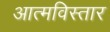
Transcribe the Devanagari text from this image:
आत्मविस्तार